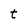
Character: t